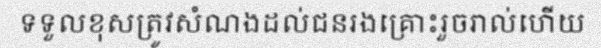
ទទួលខុសត្រូវសំណងដល់ជនរងគ្រោះរួចរាល់ហើយ